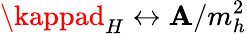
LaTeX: \kappad_{H}\leftrightarrow\mathbf{A}/m_{h}^{2}